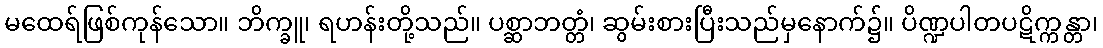
မထေရ်ဖြစ်ကုန်သော။ ဘိက္ခူ၊ ရဟန်းတို့သည်။ ပစ္ဆာဘတ္တံ၊ ဆွမ်းစားပြီးသည်မှနောက်၌။ ပိဏ္ဍပါတပဋိက္ကန္တာ၊